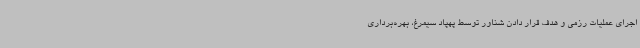
اجرای عملیات رزمی و هدف قرار دادن شناور توسط پهپاد سیمرغ، بهره‌برداری